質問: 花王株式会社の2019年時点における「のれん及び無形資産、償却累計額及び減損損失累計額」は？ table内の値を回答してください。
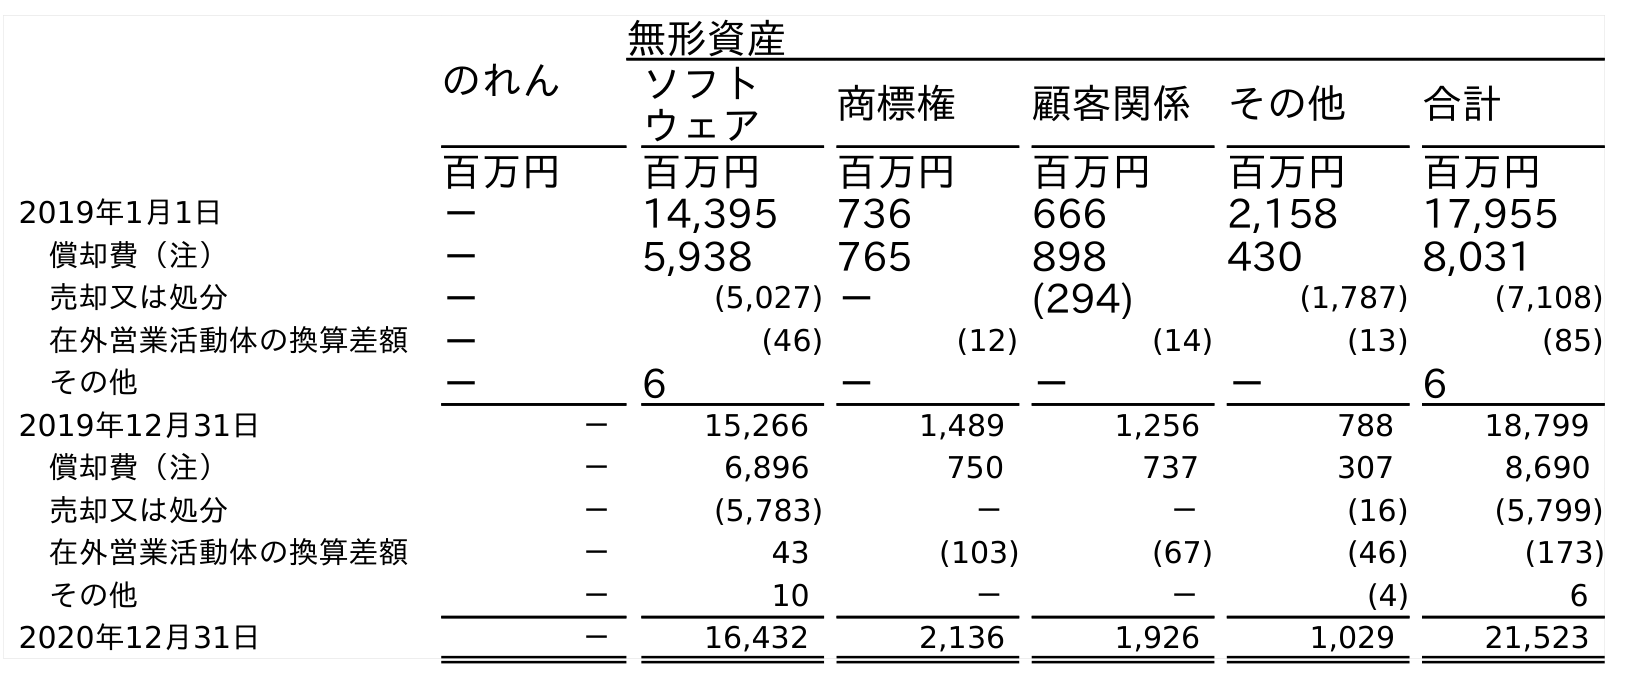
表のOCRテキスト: のれん 無形資産 ソフト ウェア 商標権 顧客関係 その他 合計 百万円 百万円 百万円 百万円 百万円 百万円 2019年1月1日 － 14,395 736 666 2,158 17,955 償却費（注） － 5,938 765 898 430 8,031 売却又は処分 － (5,027) － (294) (1,787) (7,108) 在外営業活動体の換算差額 － (46) (12) (14) (13) (85) その他 － 6 － － － 6 2019年12月31日 － 15,266 1,489 1,256 788 18,799 償却費（注） － 6,896 750 737 307 8,690 売却又は処分 － (5,783) － － (16) (5,799) 在外営業活動体の換算差額 － 43 (103) (67) (46) (173) その他 － 10 － － (4) 6 2020年12月31日 － 16,432 2,136 1,926 1,029 21,523
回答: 18,799